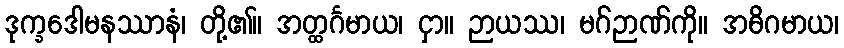
ဒုက္ခဒေါမနဿာနံ၊ တို့၏။ အတ္ထင်္ဂမာယ၊ ငှာ။ ဉာယဿ၊ မဂ်ဉာဏ်ကို။ အဓိဂမာယ၊